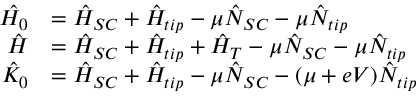
\begin{array} { r l } { \hat { H _ { 0 } } } & { = \hat { H } _ { S C } + \hat { H } _ { t i p } - \mu \hat { N } _ { S C } - \mu \hat { N } _ { t i p } } \\ { \hat { H } } & { = \hat { H } _ { S C } + \hat { H } _ { t i p } + \hat { H } _ { T } - \mu \hat { N } _ { S C } - \mu \hat { N } _ { t i p } } \\ { \hat { K } _ { 0 } } & { = \hat { H } _ { S C } + \hat { H } _ { t i p } - \mu \hat { N } _ { S C } - ( \mu + e V ) \hat { N } _ { t i p } } \end{array}